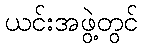
ယင်းအဖွဲ့တွင်